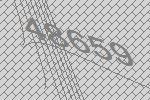
48659